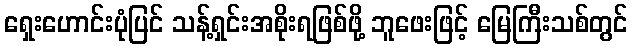
ရှေးဟောင်းပုံပြင် သန့်ရှင်းအစိုးရဖြစ်ဖို့ ဘူဖေးဖြင့် မြေကြီးသစ်တွင်